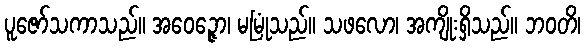
ပူဇော်သကာသည်။ အဝေဉ္ဇော၊ မမြုံသည်။ သဖလော၊ အကျိုးရှိသည်။ ဘဝတိ၊